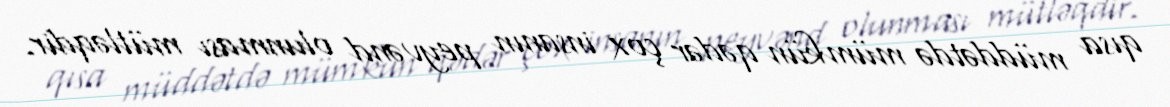
qısa müddətdə mümkün qədər çox insanın peyvənd olunması mütləqdir.